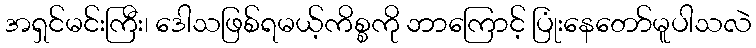
အရှင်မင်းကြီး၊ ဒေါသဖြစ်ရမယ့်ကိစ္စကို ဘာကြောင့် ပြုံးနေတော်မူပါသလဲ